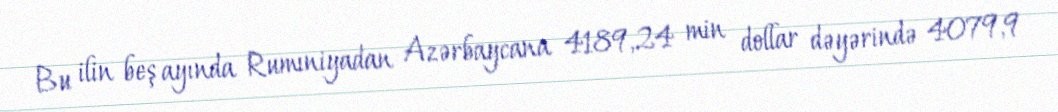
Bu ilin beş ayında Rumıniyadan Azərbaycana 4189,24 min dollar dəyərində 4079,9